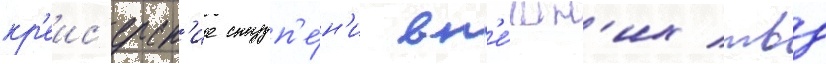
кр'еис'ерск'ие ступ'е́н'и вн'е́шн'их твд